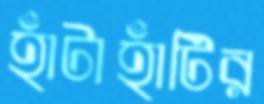
হাঁটাহাঁটির